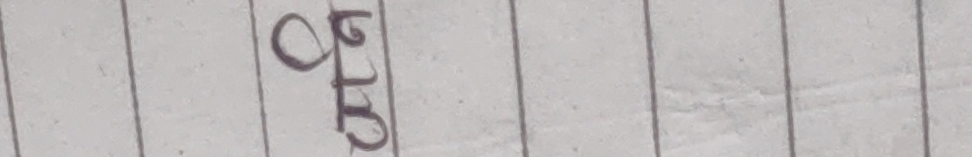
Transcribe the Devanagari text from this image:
दुई